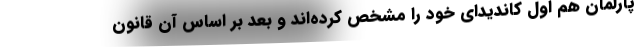
پارلمان هم اول کاندیدای خود را مشخص کرده‌اند و بعد بر اساس آن قانون